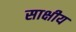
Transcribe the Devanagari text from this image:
साक्षीय